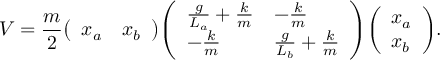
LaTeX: V = { \frac { m } { 2 } } { \left( \begin{array} { l l } { x _ { a } } & { x _ { b } } \end{array} \right) } { \left( \begin{array} { l l } { { \frac { g } { L _ { a } } } + { \frac { k } { m } } } & { - { \frac { k } { m } } } \\ { - { \frac { k } { m } } } & { { \frac { g } { L _ { b } } } + { \frac { k } { m } } } \end{array} \right) } { \left( \begin{array} { l } { x _ { a } } \\ { x _ { b } } \end{array} \right) } .